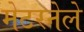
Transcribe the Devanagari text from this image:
मेटरनेले